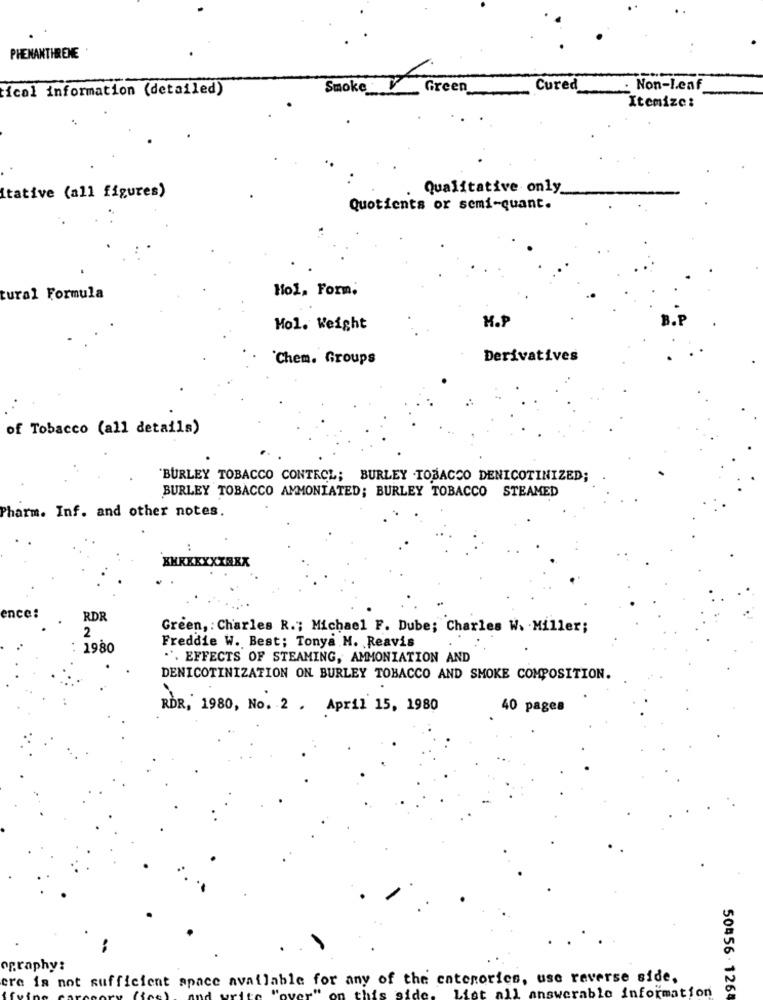
PHENANTHRENE
ical information (detailed)
Smoke
Green
Cured
. Non-Leaf
Itemize:
Qualitative only
Itative (all figures)
Quotients or semi-quant.
Hol, Form.
tural Formula
H.P
Mol. Weight
`Chem. Groups
Derivatives
of Tobacco (all details)
"BURLEY TOBACCO CONTROL; BURLEY TOBACCO DENICOTINIZED;
BURLEY TOBACCO AMMONIATED; BURLEY TOBACCO STEAMED
Pharm. Inf. and other notes.
XXXXXXXXEXX
ence:
RDR
Green, : Charles R .; Michael F. Dube; Charles W. Miller;
2
1980
Freddie W. Best; Tonya M. Reavis
". EFFECTS OF STEAMING, AMMONIATION AND
DENICOTINIZATION ON BURLEY TOBACCO AND SMOKE COMPOSITION.
ROR, 1980, No. 2 . April 15, 1980
40 pages
ography:
ere is not sufficient space available for any of the categories, use reverse side,
rable information
50456 - 126